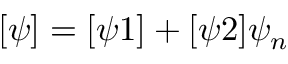
[ \psi ] = [ \psi 1 ] + [ \psi 2 ] \psi _ { n }